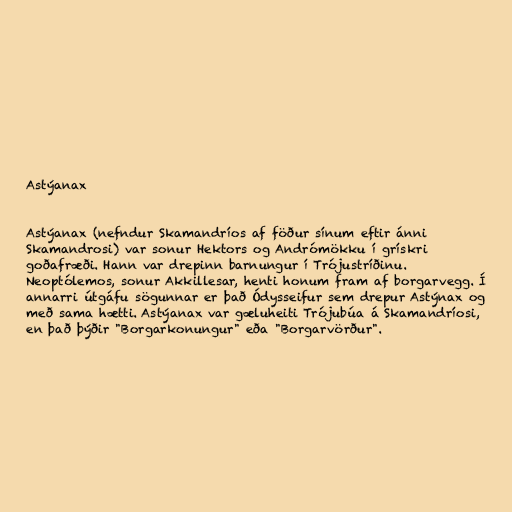
Astýanax

Astýanax (nefndur Skamandríos af föður sínum eftir ánni
Skamandrosi) var sonur Hektors og Andrómökku í grískri
goðafræði. Hann var drepinn barnungur í Trójustríðinu.
Neoptólemos, sonur Akkillesar, henti honum fram af borgarvegg. Í
annarri útgáfu sögunnar er það Ódysseifur sem drepur Astýnax og
með sama hætti. Astýanax var gæluheiti Trójubúa á Skamandríosi,
en það þýðir "Borgarkonungur" eða "Borgarvörður".